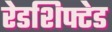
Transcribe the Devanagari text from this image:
रेडशिफ्टेड